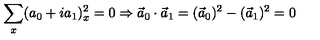
\sum _ { x } ( a _ { 0 } + i a _ { 1 } ) _ { x } ^ { 2 } = 0 \Rightarrow \vec { a } _ { 0 } \cdot \vec { a } _ { 1 } = ( \vec { a } _ { 0 } ) ^ { 2 } - ( \vec { a } _ { 1 } ) ^ { 2 } = 0